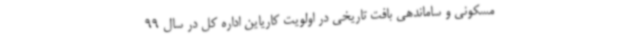
مسکونی و ساماندهی بافت تاریخی در اولویت کاریاین اداره کل در سال 99